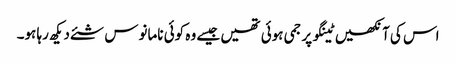
اس کی آنکھیں ٹینگو پر جمی ہوئی تھیں جیسے وہ کوئی نامانوس شئے دیکھ رہا ہو۔